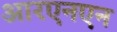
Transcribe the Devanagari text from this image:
आरएनएन